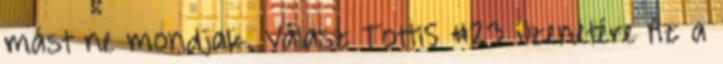
mást ne mondjak. Válasz Totti5 #23 üzenetére Az a